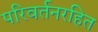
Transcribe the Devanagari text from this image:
परिवर्तनरहित